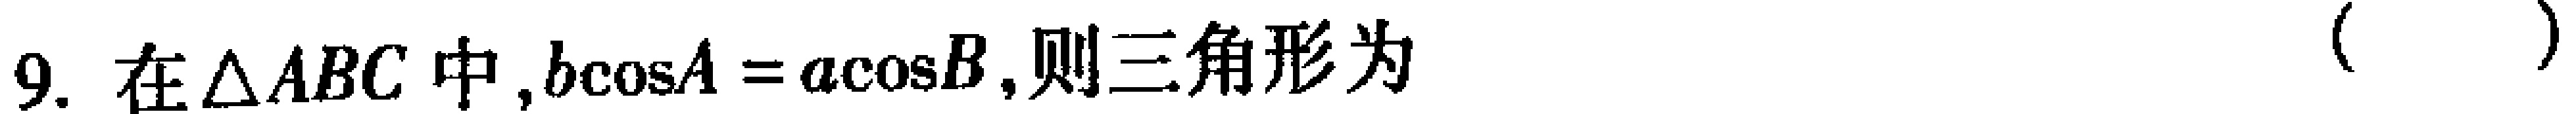
9. 在$\triangle ABC$中,$b\cos A = a\cos B$,则三角形为（  ）